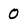
Character: 0